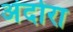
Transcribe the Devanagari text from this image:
अंदोरा